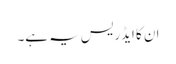
ان کا ایڈریس یہ ہے۔